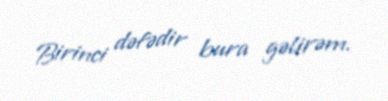
Birinci dəfədir bura gəlirəm.